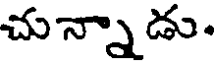
చున్నాడు.